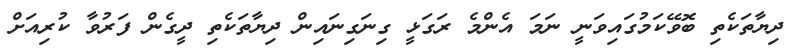
ދިޔާތަކެތި ބޮވޭކަމުގައިވަނީ ނަމަ އެންމެ ރަގަޅީ ގިނަގިނައިން ދިޔާތަކެތި ދީގެން ފަރުވާ ކުރިއަށް